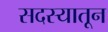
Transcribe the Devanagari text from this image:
सदस्यातून